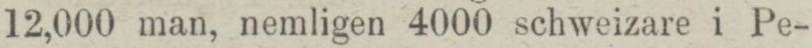
12,000 man, nemligen 4000 schweizare i Pe-